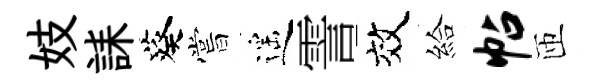
妓誄葵嘗遥霅效給帖匝